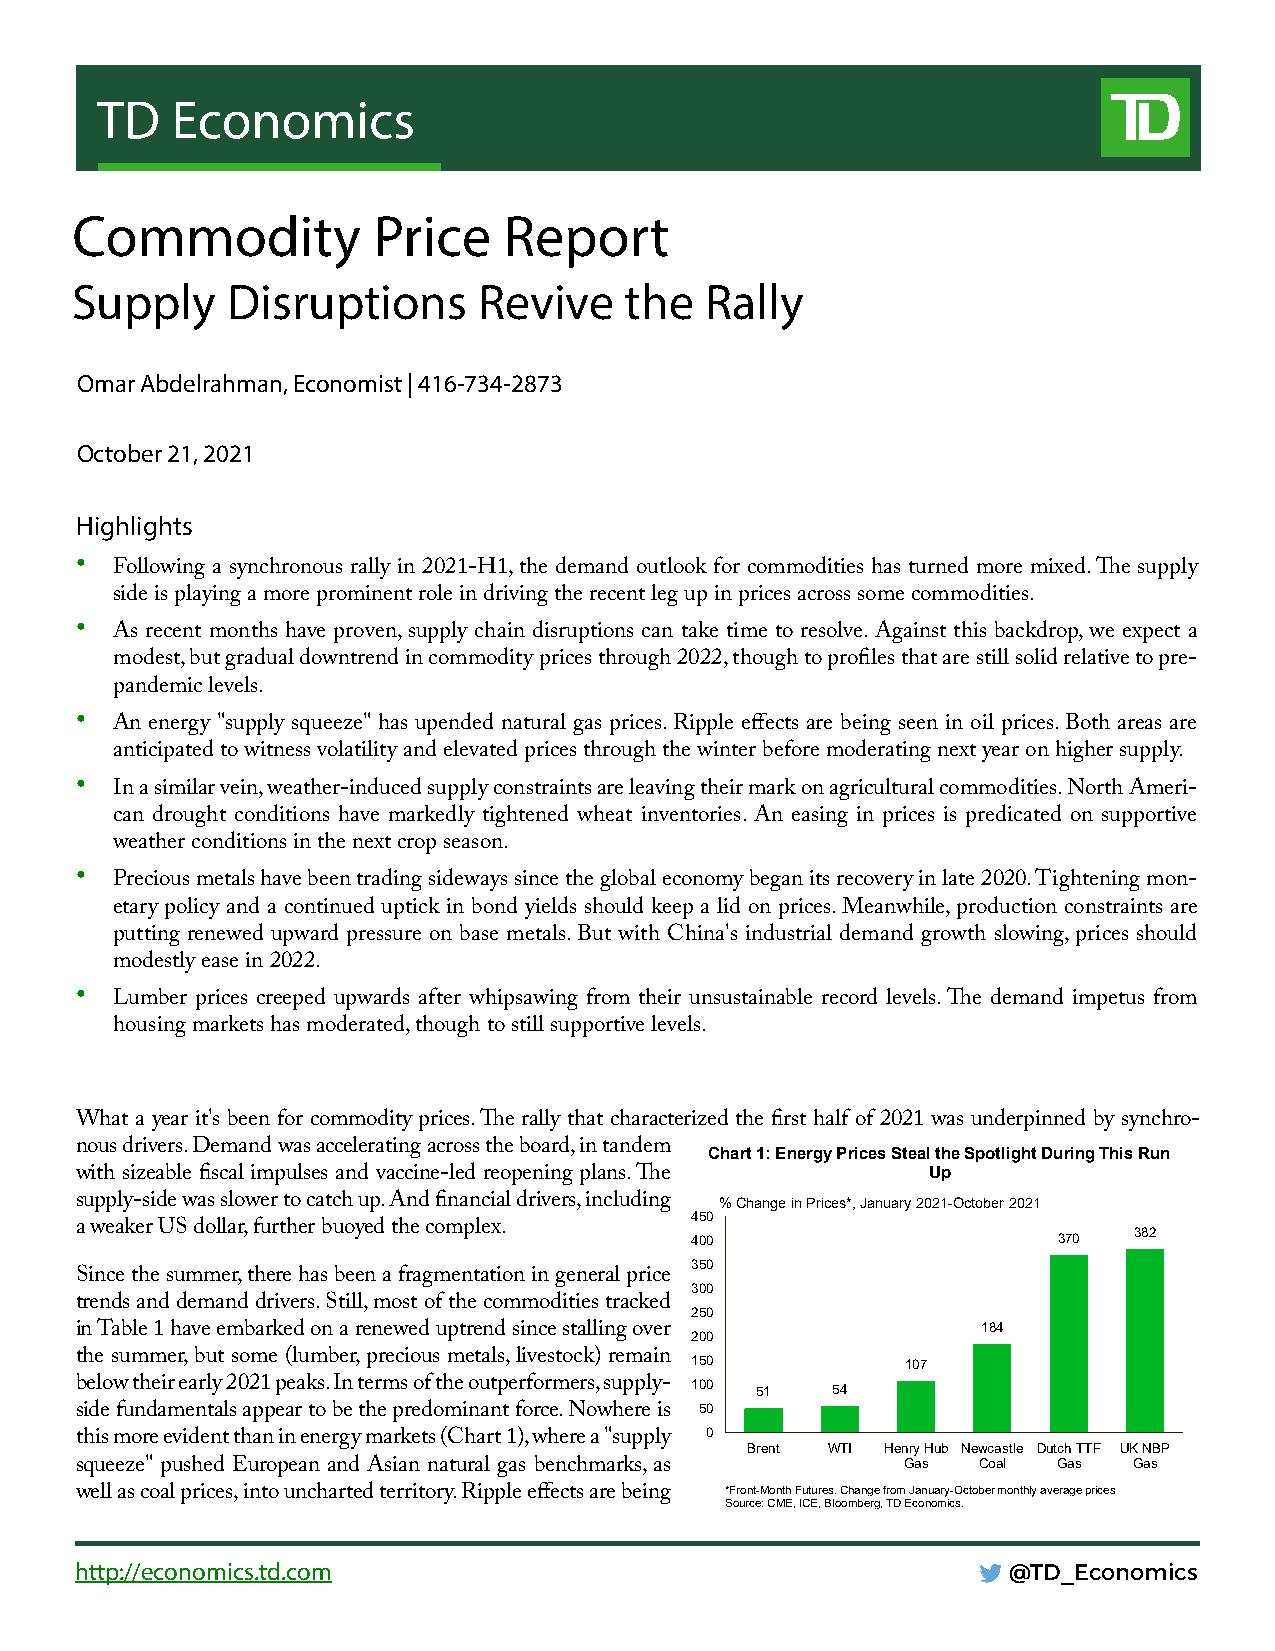
TD   Economics
 Commodity           Price   Report
 Supply    Disruptions      Revive   the   Rally
 Omar Abdelrahman, Economist | 416-734-2873
 October 21, 2021
 Highlights
 • Following a synchronous rally in 2021-H1, the demand outlook for commodities has turned more mixed. The supply
 side is playing a more prominent role in driving the recent leg up in prices across some commodities.
 • As recent months have proven, supply chain disruptions can take time to resolve. Against this backdrop, we expect a
 modest, but gradual downtrend in commodity prices through 2022, though to profiles that are still solid relative to pre-
 pandemic levels.
 • An energy "supply squeeze" has upended natural gas prices. Ripple effects are being seen in oil prices. Both areas are
 anticipated to witness volatility and elevated prices through the winter before moderating next year on higher supply.
 • In a similar vein, weather-induced supply constraints are leaving their mark on agricultural commodities. North Ameri-
 can drought conditions have markedly tightened wheat inventories. An easing in prices is predicated on supportive
 weather conditions in the next crop season.
 • Precious metals have been trading sideways since the global economy began its recovery in late 2020. Tightening mon-
 etary policy and a continued uptick in bond yields should keep a lid on prices. Meanwhile, production constraints are
 putting renewed upward pressure on base metals. But with China's industrial demand growth slowing, prices should
 modestly ease in 2022.
 • Lumber prices creeped upwards after whipsawing from their unsustainable record levels. The demand impetus from
 housing markets has moderated, though to still supportive levels.
 What a year it's been for commodity prices. The rally that characterized the first half of 2021 was underpinned by synchro-
 nous drivers. Demand was accelerating across the board, in tandem Chart 1: Energy Prices Steal the Spotlight During This Run
 with sizeable fiscal impulses and vaccine-led reopening plans. The Up
 supply-side was slower to catch up. And financial drivers, including % Change in Prices*, January 2021-October 2021
 450
 a weaker US dollar, further buoyed the complex. 400              370  382
 350
 Since the summer, there has been a fragmentation in general price
 300
 trends and demand drivers. Still, most of the commodities tracked
 250
 in Table 1 have embarked on a renewed uptrend since stalling over 200 184
 the summer, but some (lumber, precious metals, livestock) remain 150 107
 below their early 2021 peaks. In terms of the outperformers, supply- 100 51 54
 side fundamentals appear to be the predominant force. Nowhere is 50
 0
 this more evident than in energy markets (Chart 1), where a "supply
 Brent WTI Henry Hub Newcastle Dutch TTF UK NBP
 squeeze" pushed European and Asian natural gas benchmarks, as Gas Coal Gas Gas
 well as coal prices, into uncharted territory. Ripple effects are being *Front-MonthFutures. Change from January-October monthly average prices
 Source: CME,ICE, Bloomberg, TD Economics.
 http://economics.td.com                                       @TD_Economics